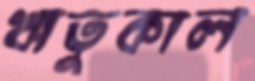
ঋতুকাল